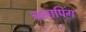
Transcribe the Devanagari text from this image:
चांगपिंग